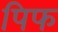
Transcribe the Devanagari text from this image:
पिफ